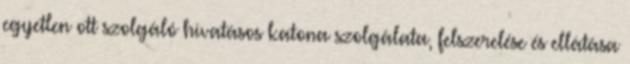
egyetlen ott szolgáló hivatásos katona szolgálata, felszerelése és ellátása